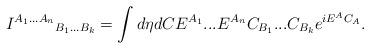
LaTeX: \begin{align*}{I^{A_1...A_n}}_{B_1...B_k}=\int d\eta dC E^{A_1}...E^{A_n} C_{B_1}...C_{B_k} e^{iE^AC_A}.\end{align*}